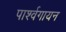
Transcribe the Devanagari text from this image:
पार्श्‍वगायन